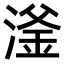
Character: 滏